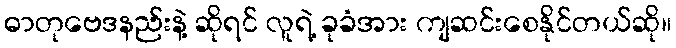
ဓာတုဗေဒနည်းနဲ့ ဆိုရင် လူရဲ့ ခုခံအား ကျဆင်းစေနိုင်တယ်ဆို။